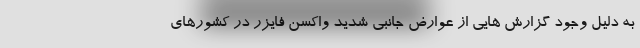
به دلیل وجود گزارش هایی از عوارض جانبی شدید واکسن فایزر در کشورهای